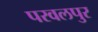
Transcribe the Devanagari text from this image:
परवलपुर